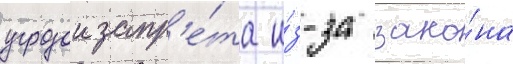
угрозои запр'е́та и́з-за зако́на